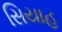
સિયાહ